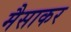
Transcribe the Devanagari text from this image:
मैसाकर